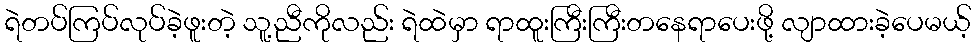
ရဲတပ်ကြပ်လုပ်ခဲ့ဖူးတဲ့ သူ့ညီကိုလည်း ရဲထဲမှာ ရာထူးကြီးကြီးတနေရာပေးဖို့ လျာထားခဲ့ပေမယ့်